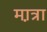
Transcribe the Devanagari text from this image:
मा़त्रा